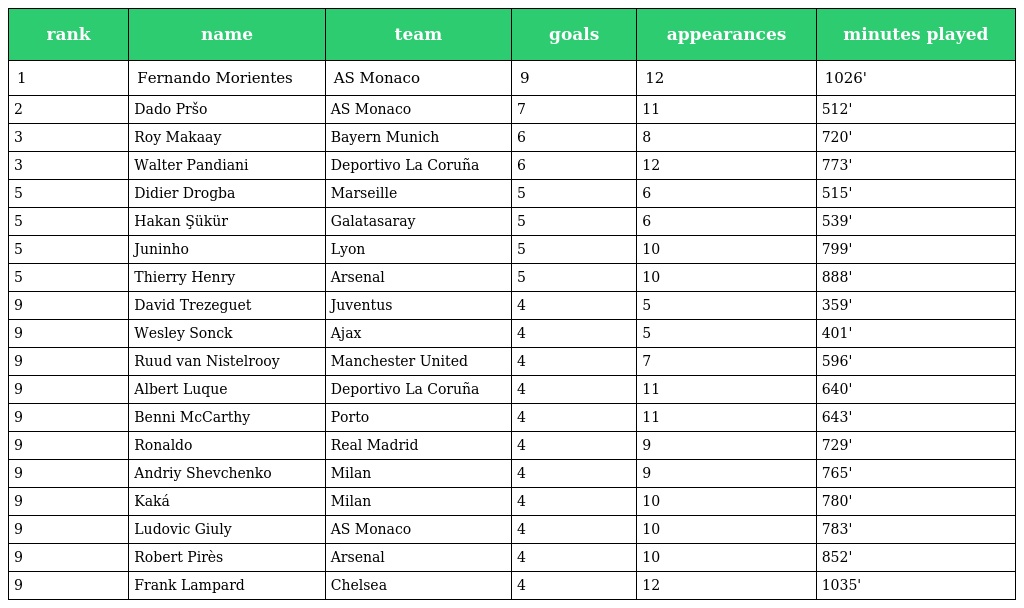
| rank | name | team | goals | appearances | minutes played |
 | --- | --- | --- | --- | --- | --- |
 | 1 | Fernando Morientes | AS Monaco | 9 | 12 | 1026' |
 | 2 | Dado Pršo | AS Monaco | 7 | 11 | 512' |
 | 3 | Roy Makaay | Bayern Munich | 6 | 8 | 720' |
 | 3 | Walter Pandiani | Deportivo La Coruña | 6 | 12 | 773' |
 | 5 | Didier Drogba | Marseille | 5 | 6 | 515' |
 | 5 | Hakan Şükür | Galatasaray | 5 | 6 | 539' |
 | 5 | Juninho | Lyon | 5 | 10 | 799' |
 | 5 | Thierry Henry | Arsenal | 5 | 10 | 888' |
 | 9 | David Trezeguet | Juventus | 4 | 5 | 359' |
 | 9 | Wesley Sonck | Ajax | 4 | 5 | 401' |
 | 9 | Ruud van Nistelrooy | Manchester United | 4 | 7 | 596' |
 | 9 | Albert Luque | Deportivo La Coruña | 4 | 11 | 640' |
 | 9 | Benni McCarthy | Porto | 4 | 11 | 643' |
 | 9 | Ronaldo | Real Madrid | 4 | 9 | 729' |
 | 9 | Andriy Shevchenko | Milan | 4 | 9 | 765' |
 | 9 | Kaká | Milan | 4 | 10 | 780' |
 | 9 | Ludovic Giuly | AS Monaco | 4 | 10 | 783' |
 | 9 | Robert Pirès | Arsenal | 4 | 10 | 852' |
 | 9 | Frank Lampard | Chelsea | 4 | 12 | 1035' |